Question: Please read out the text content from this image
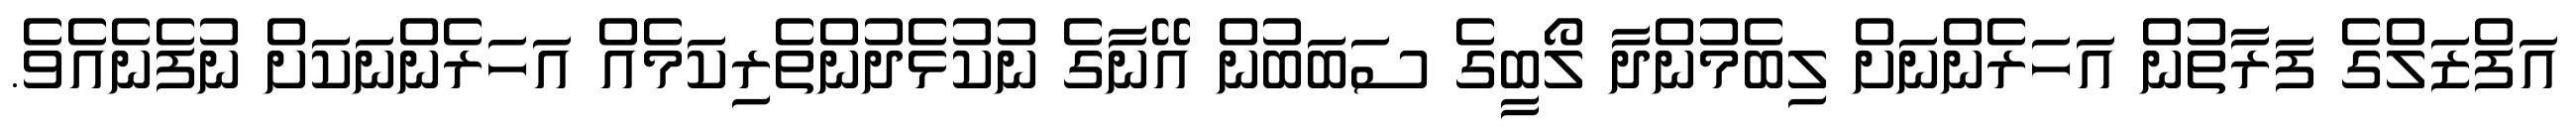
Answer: އަފްޒަލްގެ ފަރާތުން އަހަރެންނަށް ލިބެމުންދާ ލޯބީގެ ސަބަބުން އޭނާގެ ނުކުޅެދުންތެރިކަމެއް އަހަރެންނަކަށް ނުފެނެއެވެ.